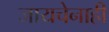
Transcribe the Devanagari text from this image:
जायचेनाही